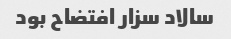
سالاد سزار افتضاح بود